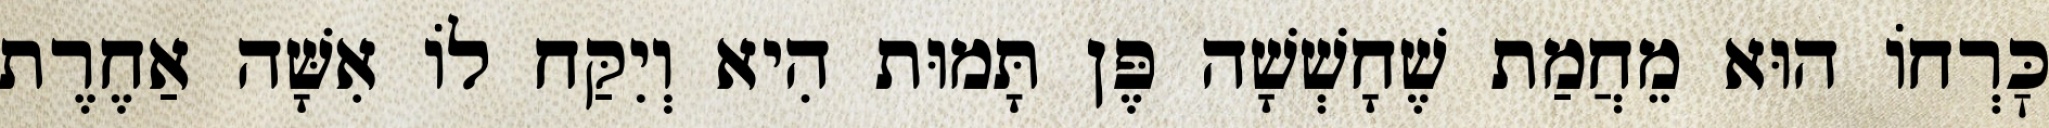
כׇּרְחוֹ הוּא מֵחֲמַת שֶׁחָשְׁשָׁה פֶּן תָּמוּת הִיא וְיִקַּח לוֹ אִשָּׁה אַחֶרֶת